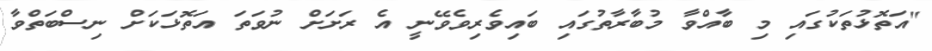
"އަތޮޅުތަކުގައި މި ބާއްވާ މުބާރާތުގައި ބައިވެރިވެވޭނީ އެ ރަށަށް ނުވަތަ އަތޮޅަކަށް ނިސްބަތްވާ